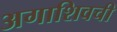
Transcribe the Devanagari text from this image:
अगाशिवची